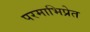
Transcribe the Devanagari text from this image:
परमाभिप्रेत